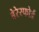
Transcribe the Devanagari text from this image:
बेरेस्फोर्ड